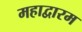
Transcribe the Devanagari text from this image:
महाद्वारम